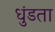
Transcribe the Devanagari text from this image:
धुंडता